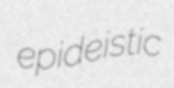
epideistic